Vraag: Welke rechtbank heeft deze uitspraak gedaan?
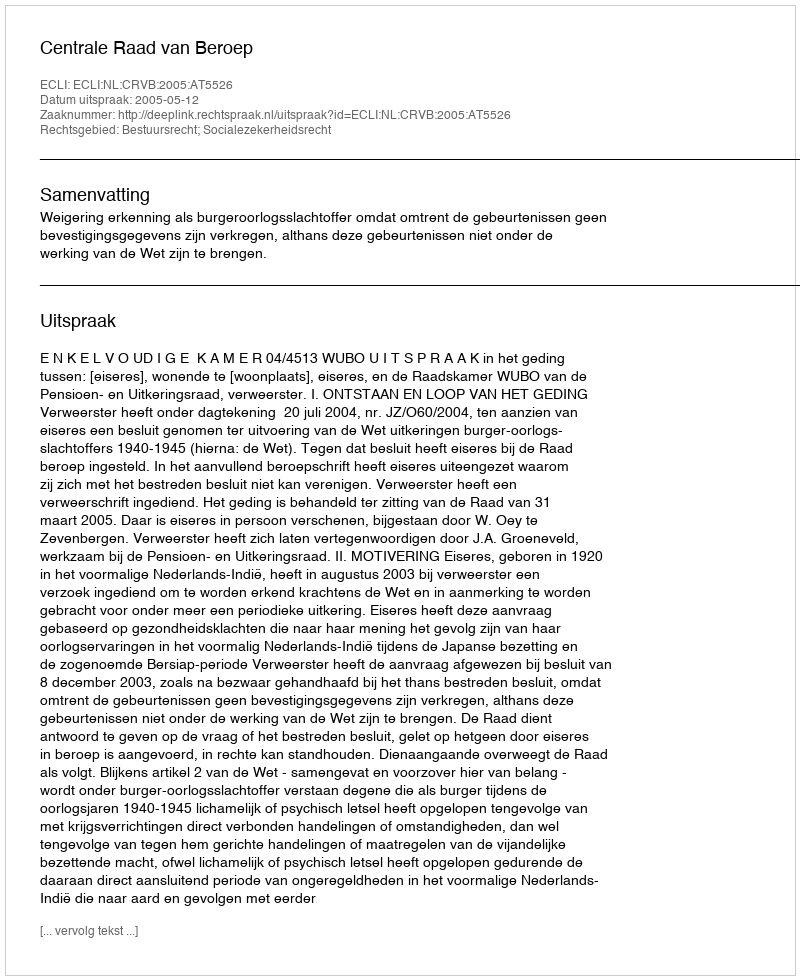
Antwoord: Centrale Raad van Beroep